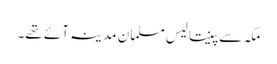
مکہ سے پینتالیس مسلمان مدینہ آئے تھے۔